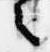
之